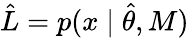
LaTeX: {\hat{L}}=p(x\mid{\widehat{\theta}},M)